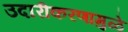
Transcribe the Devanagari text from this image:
उदारीकरणामुळे